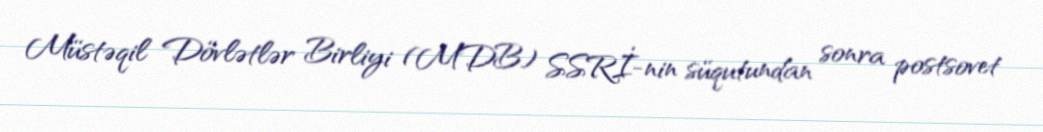
Müstəqil Dövlətlər Birliyi (MDB) SSRİ-nin süqutundan sonra postsovet